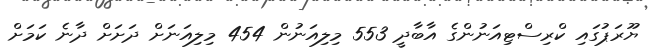
ޔޫރަޕުގައި ކްރިސްޓިއަނުންގެ އާބާދީ 553 މިލިއަނުން 454 މިލިއަނަށް ދަށަށް ދާނެ ކަމަށް